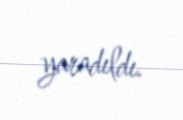
yaradıldı.